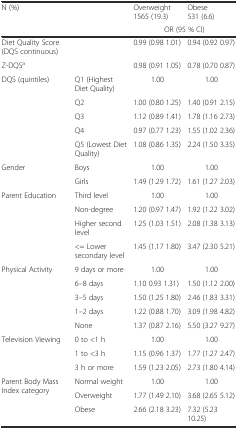
<table><thead><tr><td colspan="2"><b>N (%)</b></td><td><b>Overweight 1565 (19.3)</b></td><td><b>Obese 531 (6.6)</b></td></tr><tr><td colspan="2"></td><td colspan="2"><b>OR (95 % CI)</b></td></tr></thead><tbody><tr><td>Diet Quality Score (DQS continuous)</td><td></td><td>0.99 (0.98 1.01)</td><td>0.94 (0.92 0.97)</td></tr><tr><td>Z-DQS<sup>a</sup></td><td></td><td>0.98 (0.91 1.05)</td><td>0.78 (0.70 0.87)</td></tr><tr><td rowspan="5">DQS (quintiles)</td><td>Q1 (Highest Diet Quality)</td><td>1.00</td><td>1.00</td></tr><tr><td>Q2</td><td>1.00 (0.80 1.25)</td><td>1.40 (0.91 2.15)</td></tr><tr><td>Q3</td><td>1.12 (0.89 1.41)</td><td>1.78 (1.16 2.73)</td></tr><tr><td>Q4</td><td>0.97 (0.77 1.23)</td><td>1.55 (1.02 2.36)</td></tr><tr><td>Q5 (Lowest Diet Quality)</td><td>1.08 (0.86 1.35)</td><td>2.24 (1.50 3.35)</td></tr><tr><td rowspan="2">Gender</td><td>Boys</td><td>1.00</td><td>1.00</td></tr><tr><td>Girls</td><td>1.49 (1.29 1.72)</td><td>1.61 (1.27 2.03)</td></tr><tr><td rowspan="4">Parent Education</td><td>Third level</td><td>1.00</td><td>1.00</td></tr><tr><td>Non-degree</td><td>1.20 (0.97 1.47)</td><td>1.92 (1.22 3.02)</td></tr><tr><td>Higher second level</td><td>1.25 (1.03 1.51)</td><td>2.08 (1.38 3.13)</td></tr><tr><td>&lt;= Lower secondary level</td><td>1.45 (1.17 1.80)</td><td>3.47 (2.30 5.21)</td></tr><tr><td rowspan="5">Physical Activity</td><td>9 days or more</td><td>1.00</td><td>1.00</td></tr><tr><td>6–8 days</td><td>1.10 0.93 1.31)</td><td>1.50 (1.12 2.00)</td></tr><tr><td>3–5 days</td><td>1.50 (1.25 1.80)</td><td>2.46 (1.83 3.31)</td></tr><tr><td>1–2 days</td><td>1.22 (0.88 1.70)</td><td>3.09 (1.98 4.82)</td></tr><tr><td>None</td><td>1.37 (0.87 2.16)</td><td>5.50 (3.27 9.27)</td></tr><tr><td rowspan="3">Television Viewing</td><td>0 to &lt;1 h</td><td>1.00</td><td>1.00</td></tr><tr><td>1 to &lt;3 h</td><td>1.15 (0.96 1.37)</td><td>1.77 (1.27 2.47)</td></tr><tr><td>3 h or more</td><td>1.59 (1.23 2.05)</td><td>2.73 (1.80 4.14)</td></tr><tr><td rowspan="3">Parent Body Mass Index category</td><td>Normal weight</td><td>1.00</td><td>1.00</td></tr><tr><td>Overweight</td><td>1.77 (1.49 2.10)</td><td>3.68 (2.65 5.12)</td></tr><tr><td>Obese</td><td>2.66 (2.18 3.23)</td><td>7.32 (5.23 10.25)</td></tr></tbody></table>